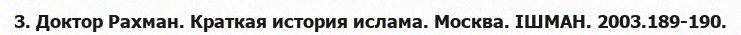
3. Доктор Рахман. Краткая история ислама. Москва. ІШМАН. 2003.189-190.